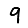
Digit: 9